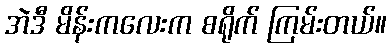
အဲဒီ မိန်းကလေးက စရိုက် ကြမ်းတယ်။